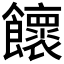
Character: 𩟮